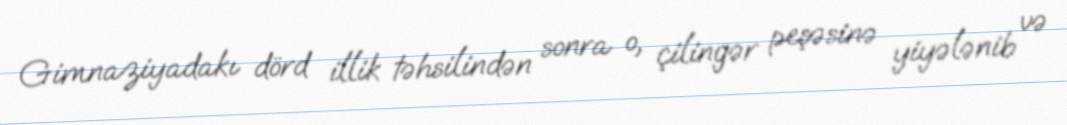
Gimnaziyadakı dörd illik təhsilindən sonra o, çilingər peşəsinə yiyələnib və